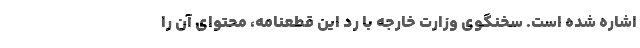
اشاره شده است. سخنگوی وزارت خارجه با رد این قطعنامه، محتوای آن را